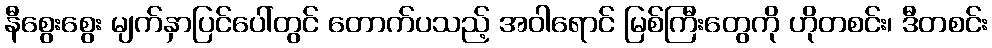
နီစွေးစွေး မျက်နှာပြင်ပေါ်တွင် တောက်ပသည့် အဝါရောင် မြစ်ကြီးတွေကို ဟိုတစင်း၊ ဒီတစင်း